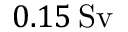
0 . 1 5 \, \mathrm { S v }